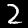
Label: 2